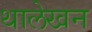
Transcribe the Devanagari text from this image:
थालेखन